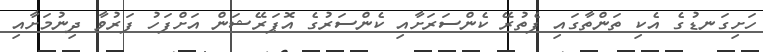
ހަށިގަނޑުގެ އެކި ތަންތާގައި ފެތުރޭ ކެންސަރަށާއި ކެންސަރުގެ އޮޕަރޭޝަން އަށްފަހު ފަރުވާ ދިނުމަށާއި